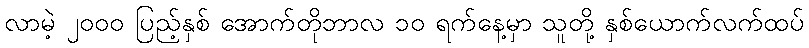
လာမဲ့ ၂၀၀၀ ပြည့်နှစ် အောက်တိုဘာလ ၁၀ ရက်နေ့မှာ သူတို့ နှစ်ယောက်လက်ထပ်